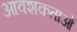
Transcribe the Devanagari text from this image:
आवशकताओं